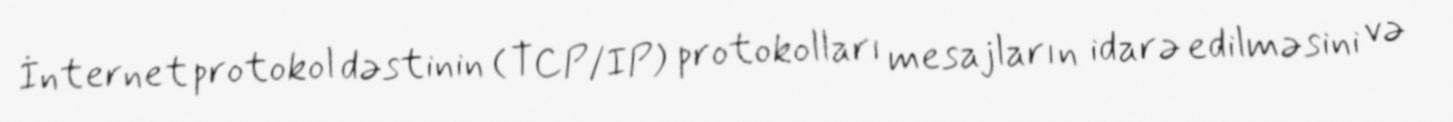
İnternet protokol dəstinin (TCP/IP) protokolları mesajların idarə edilməsini və